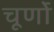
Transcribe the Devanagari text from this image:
चूर्णो